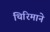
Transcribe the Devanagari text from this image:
थिरिमाने